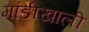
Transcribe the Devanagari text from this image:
मांडीखाली